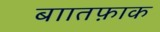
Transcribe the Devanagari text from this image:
बाातफ़ाक